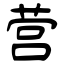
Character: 营